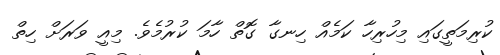
ކުރިމަތީގައި މިހުރިހާ ކަމެއް ހިނގާ ގޮތް ހާމަ ކުރުމެވެ. މިއީ ވަރަށް ހިތް